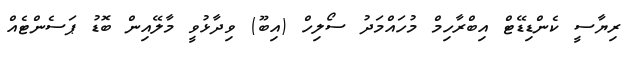
ރިޔާސީ ކެންޑިޑޭޓް އިބްރާހިމް މުހައްމަދު ސޯލިހް (އިބޫ) ވިދާޅުވީ މާލޭއިން ބޮޑު ޕަސެންޓެއް